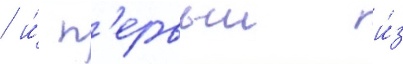
/ и́ п'ервыи и́з